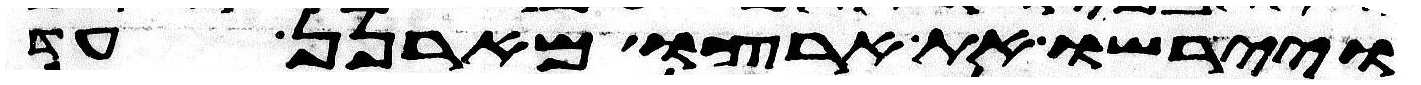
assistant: ויירשו את ארצו מארנן עד